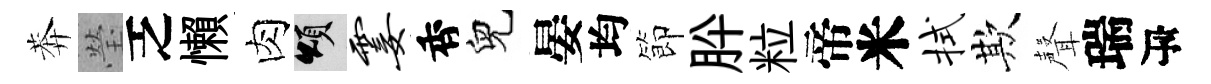
莾瑩乏懶肉頌霎香兒晏均節肸粒帝米拭欺聲瑞瓴